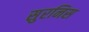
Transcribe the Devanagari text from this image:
सुरनिस